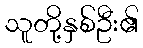
သူတို့နှစ်ဦး၏